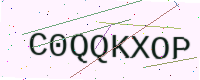
Text: C0QQKXOP